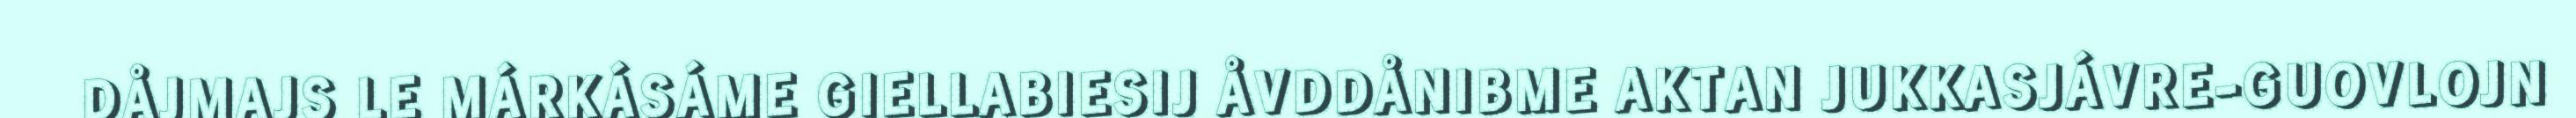
DÅJMAJS LE MÁRKÁSÁME GIELLABIESIJ ÅVDDÅNIBME AKTAN JUKKASJÁVRE-GUOVLOJN